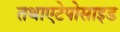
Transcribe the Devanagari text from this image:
तथाएटेपोसाइड